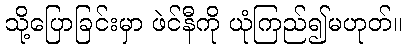
သို့ပြောခြင်းမှာ ဖဲင်နီကို ယုံကြည်၍မဟုတ်။